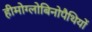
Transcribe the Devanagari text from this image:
हीमोग्लोबिनोपैथियों